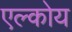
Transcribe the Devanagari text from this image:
एल्कोय